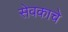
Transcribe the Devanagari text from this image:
सेवकाचे